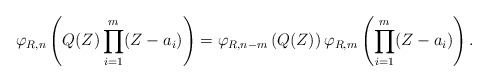
\begin{align*}\varphi_{R,n}\left(Q(Z) \prod_{i=1}^{m}(Z-a_i)\right) =\varphi_{R,n-m}\left(Q(Z)\right)\varphi_{R,m}\left(\prod_{i=1}^{m}(Z-a_i)\right).\end{align*}